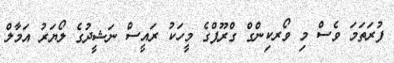
ފުރަތަމަ ވެސް މި ވޯރކިންގް ގްރޫޕްގެ މީހަކު ރައީސް ނަޝީދުގެ ލޯޔަރު އަމާލް